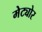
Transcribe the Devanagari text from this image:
मेट्योर